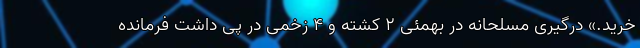
خرید.» درگیری مسلحانه در بهمئی ۲ کشته و ۴ زخمی در پی داشت فرمانده